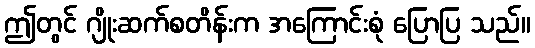
ဤတွင် ဂျိုးဆက်စတိန်းက အကြောင်းစုံ ပြောပြ သည်။